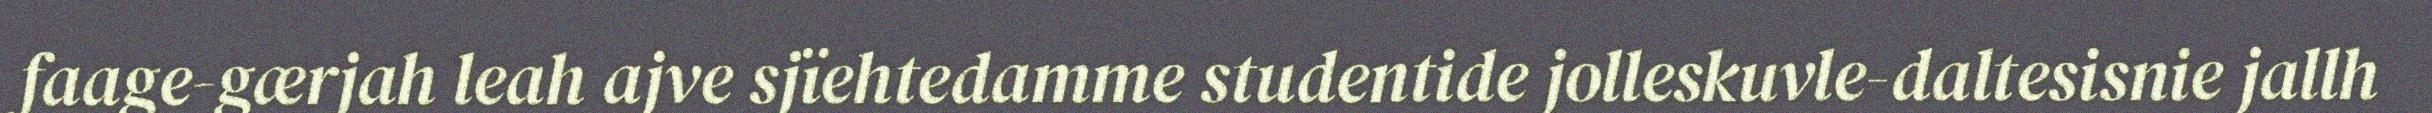
faage-gærjah leah ajve sjïehtedamme studentide jolleskuvle-daltesisnie jallh